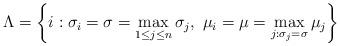
LaTeX: \begin{align*}\Lambda =\left\{ i:\sigma _{i}=\sigma =\max\limits_{1\leq j\leq n}\sigma_{j},\ \mu _{i}=\mu =\max\limits_{j:\sigma _{j}=\sigma }\mu _{j}\right\}\end{align*}